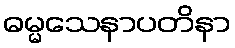
ဓမ္မသေနာပတိနာ